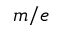
m / e